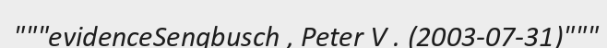
"""evidenceSengbusch , Peter V . (2003-07-31)"""